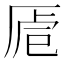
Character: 𠩳